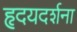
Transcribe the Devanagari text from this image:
हृदयदर्शना